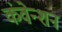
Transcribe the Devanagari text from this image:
कंवेन्शन